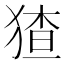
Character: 猹